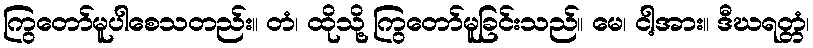
ကြွတော်မူပါစေသတည်း။ တံ၊ ထိုသို့ ကြွတော်မူခြင်းသည်။ မေ၊ ငါ့အား။ ဒီဃရတ္တံ၊